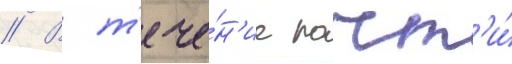
// В т'ече́н'ие почт'и́